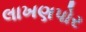
લાખણપોર